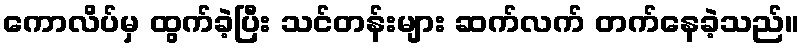
ကောလိပ်မှ ထွက်ခဲ့ပြီး သင်တန်းများ ဆက်လက် တက်နေခဲ့သည်။